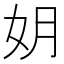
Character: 𫰒